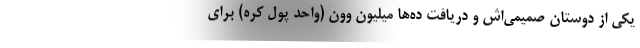
یکی از دوستان صمیمی‌اش و دریافت ده‌ها میلیون وون (واحد پول کره) برای